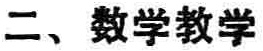
二、数学教学